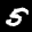
Label: 5